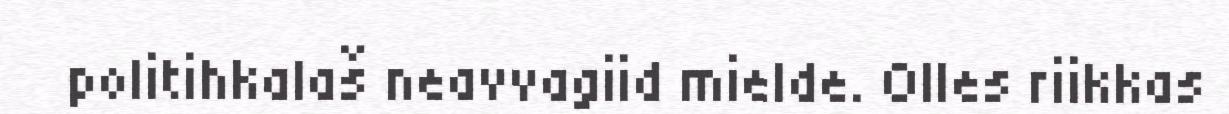
politihkalaš neavvagiid mielde. Olles riikkas